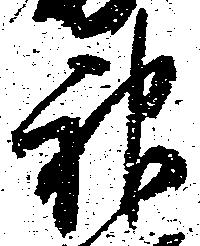
神